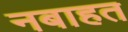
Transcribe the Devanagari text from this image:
नबाहत